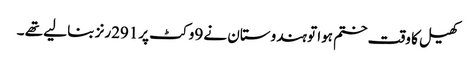
کھیل کا وقت ختم ہوا تو ہندوستان نے 9وکٹ پر291رنز بنا لیے تھے ۔